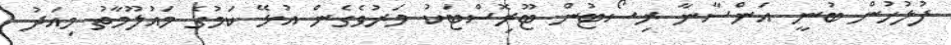
ފުލުހުން ބުނީ އަންސާނާ ރިސޯޓުން ޓޫރިޮސްޓަކު މަރުވެގެން އުޅޭ ކަމުގެ މައުލޫމާތު މިއަދު